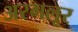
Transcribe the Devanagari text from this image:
अरगलूर